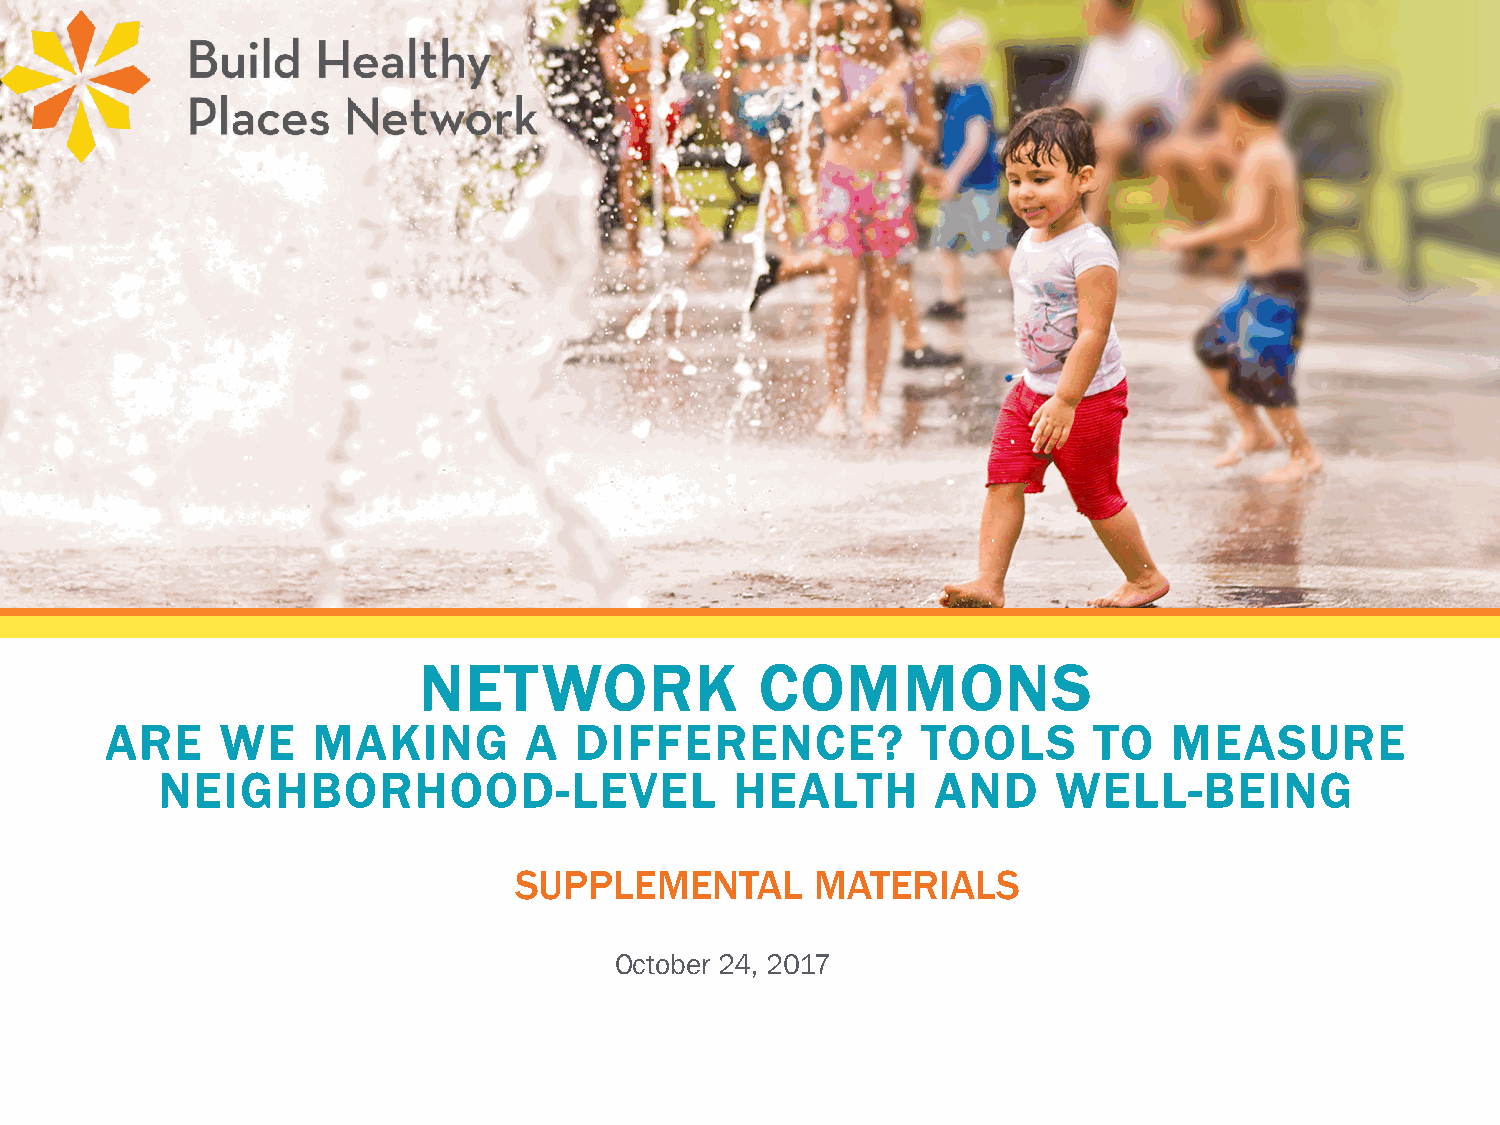
NETWORK               COMMONS
 ARE     WE    MAKING        A  DIFFERENCE?            TOOLS      TO    MEASURE
 NEIGHBORHOOD-LEVEL                     HEALTH       AND     WELL-BEING
 SUPPLEMENTAL        MATERIALS
 October 24, 2017